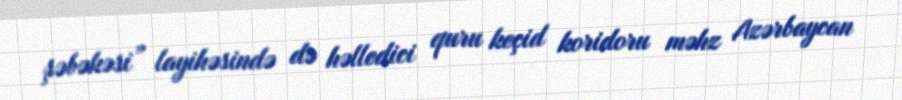
şəbəkəsi” layihəsində də həlledici quru keçid koridoru məhz Azərbaycan